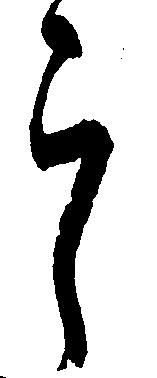
郎